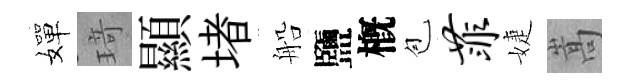
嬋𤦺顯堵船鹽槪苞菲婕嵩